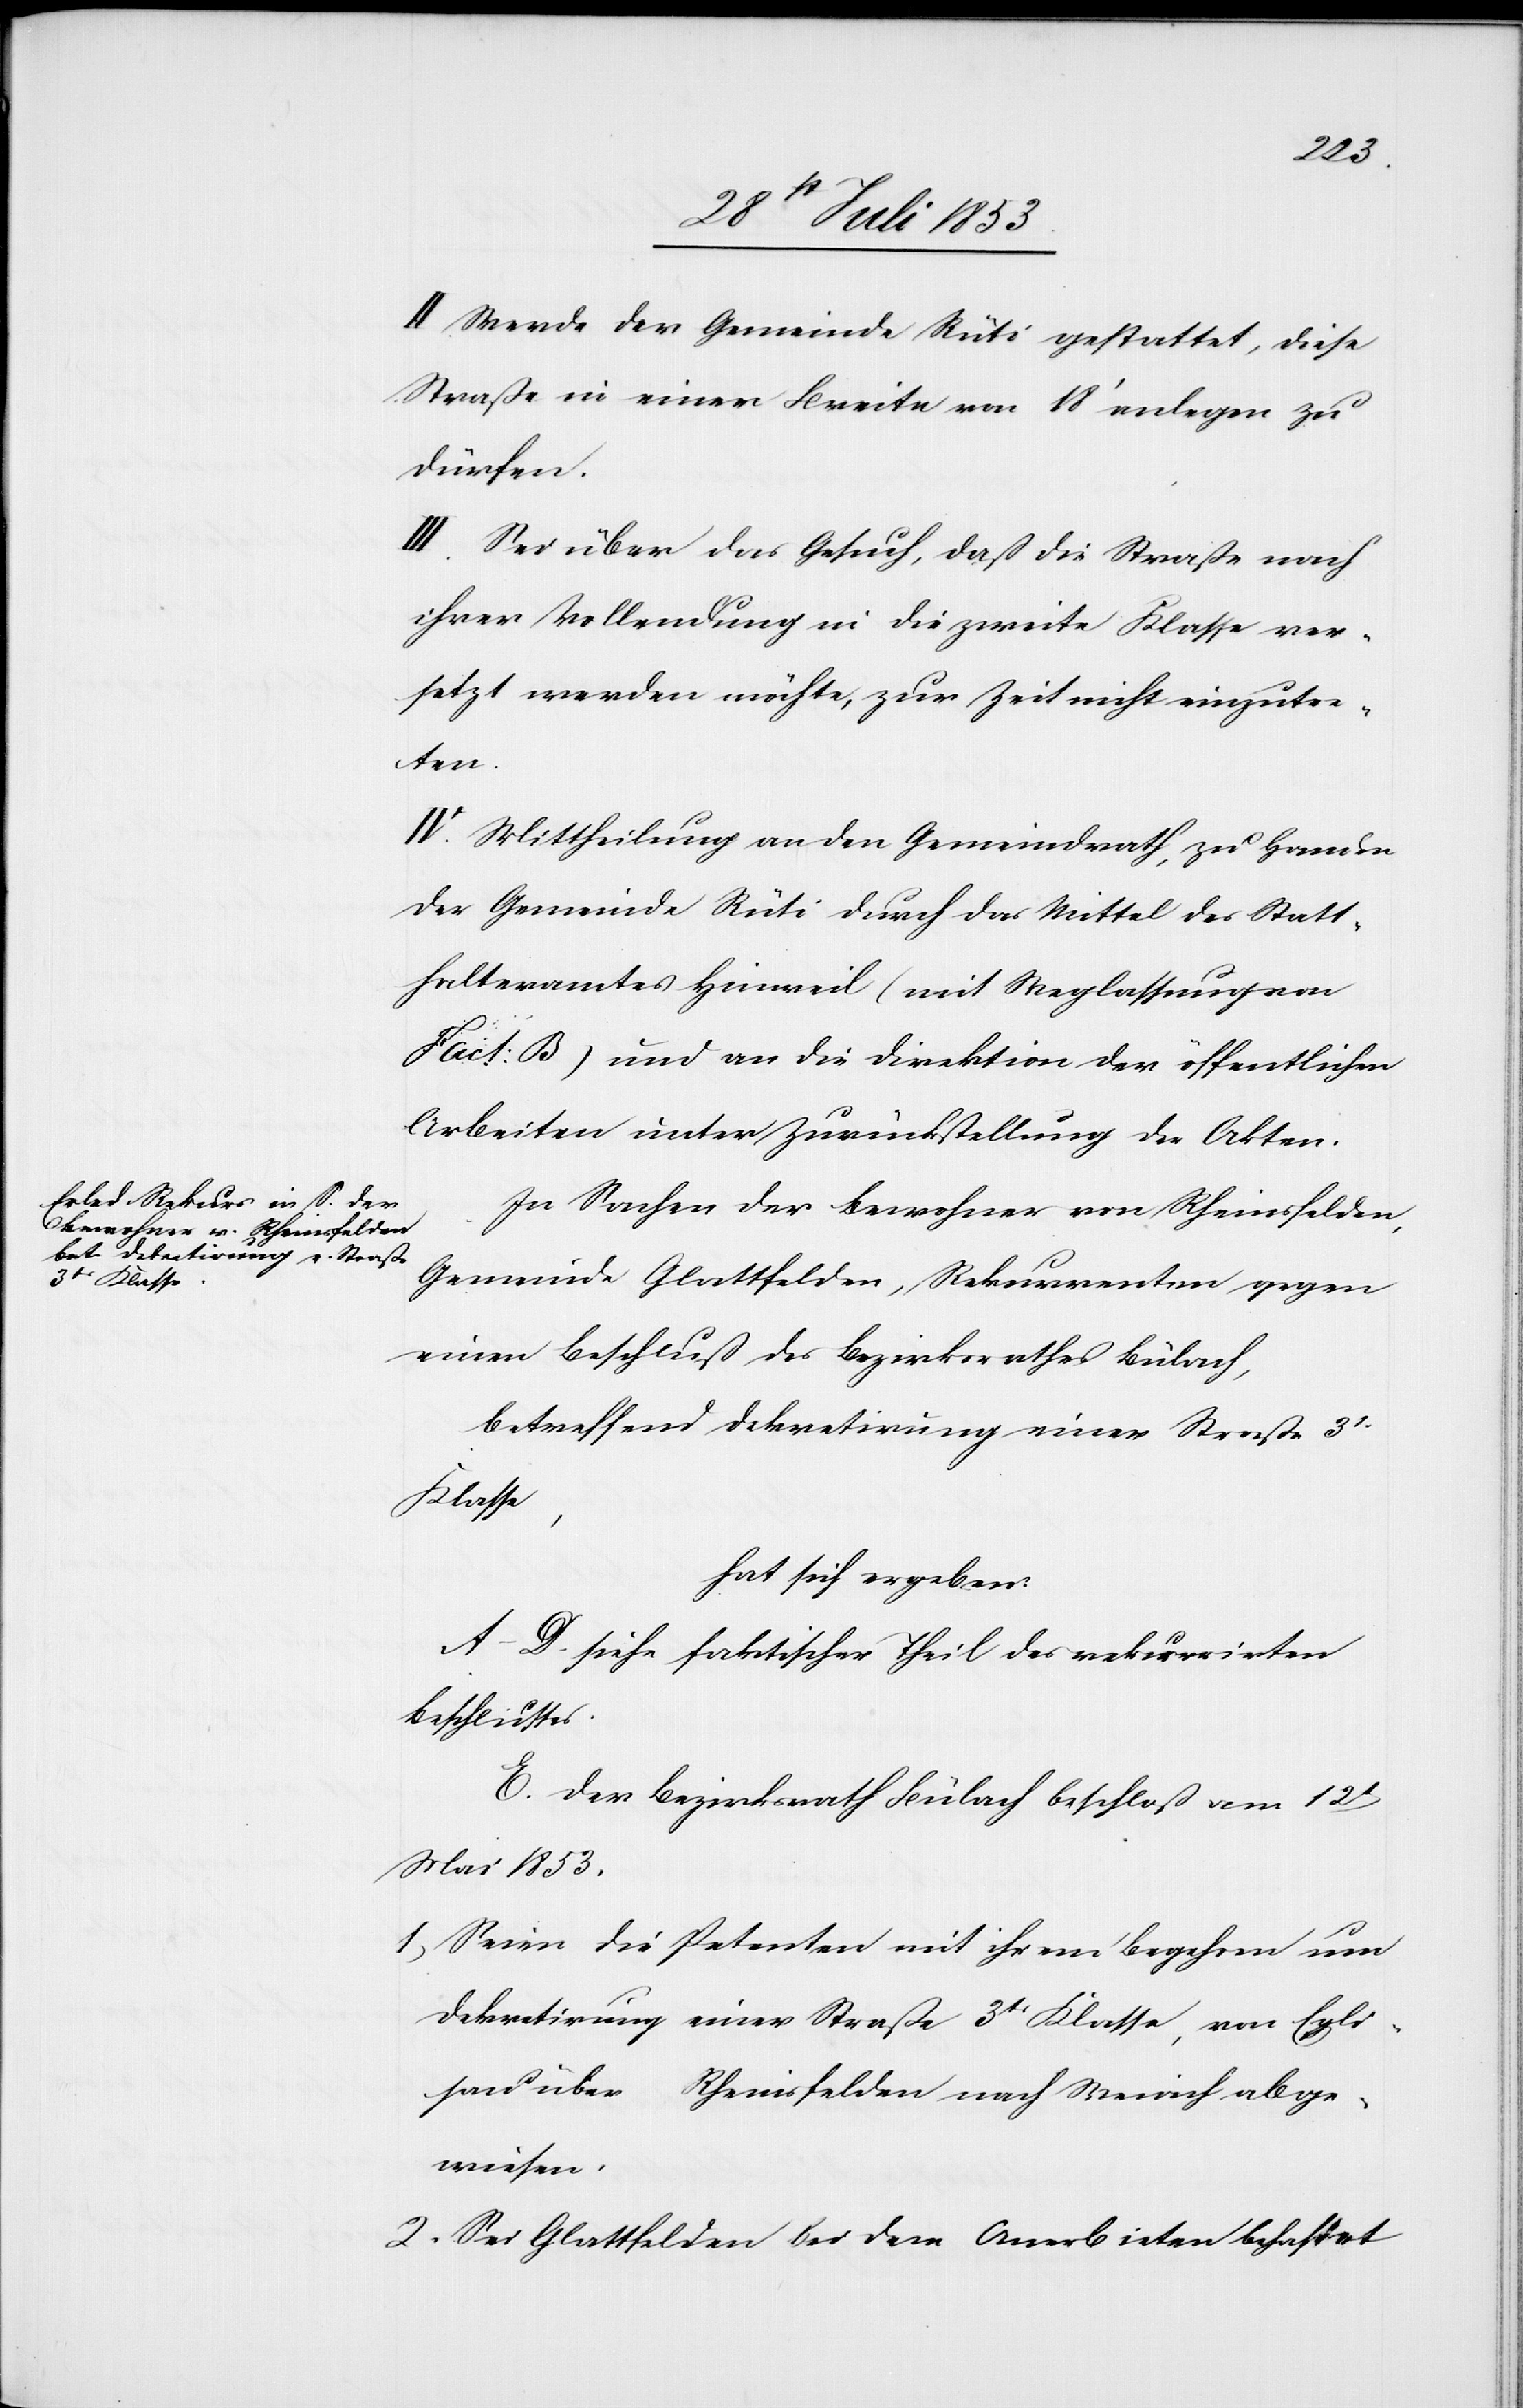
II. Werde der Gemeinde Rüti gestattet, diese
Straße in einer Breite von 18’ anlegen zu
dürfen.
III. Sei über das Gesuch, daß die Straße nach
ihrer Vollendung in die zweite Klasse ver¬
setzt werden müßte, zur Zeit nicht einzutre¬
ten.
IV. Mittheilung an den Gemeindrath, zu Handen
der Gemeinde Rüti durch das Mittel des Statt¬
halteramtes Hinweil (mit Weglassung von
Fact: B) und an die Direktion der öffentlichen
Arbeiten unter Zurückstellung der Akten.
In Sachen der Bewohner von Rheinsfelden,
Gemeinde Glattfelden, Rekurrenten gegen
einen Beschluß des Bezirksrathes Bülach,
betreffend Dekretirung einer Straße 3tr
Klasse,
hat sich ergeben:
A–D. siehe faktischer Theil des rekurrirten
Beschlusses.
E. Der Bezirksrath Bülach beschloß am 12t
Mai 1853.
1, Seien die Petenten mit ihrem Begehren um
Dekretirung einer Straße 3tr Klasse, von Egli¬
sau über Rheinsfelden nach Weiach abge¬
wiesen.
2, Sei Glattfelden bei dem Anerbieten behaftet